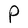
Character: P